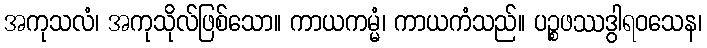
အကုသလံ၊ အကုသိုလ်ဖြစ်သော။ ကာယကမ္မံ၊ ကာယကံသည်။ ပဉ္စဖဿဒွါရဝသေန၊